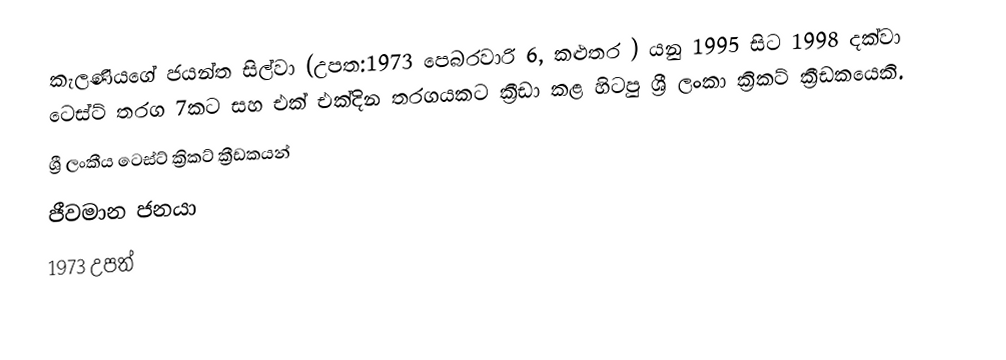
කැලණියගේ ජයන්ත සිල්වා (උපත:1973 පෙබරවාරි 6, කළුතර ) යනු 1995 සිට 1998 දක්වා ටෙස්ට් තරග 7කට සහ එක් එක්දින තරගයකට ක්‍රීඩා කළ හිටපු ශ්‍රී ලංකා ක්‍රිකට් ක්‍රීඩකයෙකි.
ශ්‍රී ලංකීය ටෙස්ට් ක්‍රිකට් ක්‍රීඩකයන්
ජීවමාන ජනයා
1973 උපත්